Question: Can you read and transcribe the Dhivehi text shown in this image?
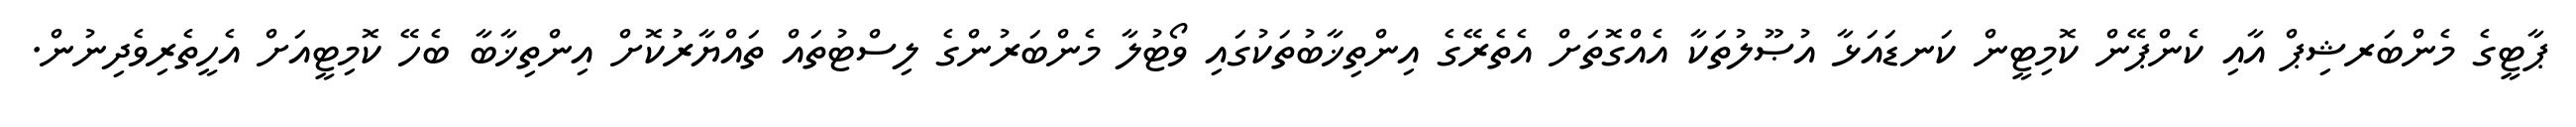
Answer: ޕާޓީގެ މެންބަރޝިޕް އާއި ކެންޕޭން ކޮމިޓީން ކަނޑައަޅާ އުޞޫލުތަކާ އެއްގޮތަށް އެތެރޭގެ އިންތިޚާބުތަކުގައި ވޯޓުލާ މެންބަރުންގެ ލިސްޓުތައް ތައްޔާރުކޮށް އިންތިޚާބާ ބެހޭ ކޮމިޓީއަށް އެހީތެރިވެދިނުން.